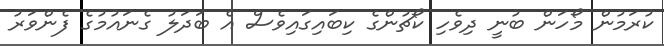
ކުރަމުން މޯހަން ބުނީ ދިވެހި ކޯޗުންގެ ކިބައިގައިވެސް އެ ބަދަލު ގެނައުމުގެ ފެންވަރު